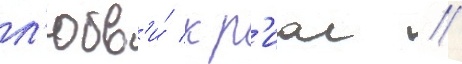
л'юбв'и́ к р'иас //